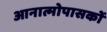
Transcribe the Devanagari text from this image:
आनात्मोपासकों